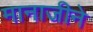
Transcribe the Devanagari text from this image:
मानाजीने